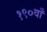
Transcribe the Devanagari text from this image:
१९०वाँ